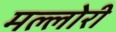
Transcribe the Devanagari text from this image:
मल्लोरी